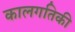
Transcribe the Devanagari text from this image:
कालगतिकी